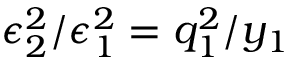
\epsilon _ { 2 } ^ { 2 } / \epsilon _ { 1 } ^ { 2 } = q _ { 1 } ^ { 2 } / y _ { 1 }